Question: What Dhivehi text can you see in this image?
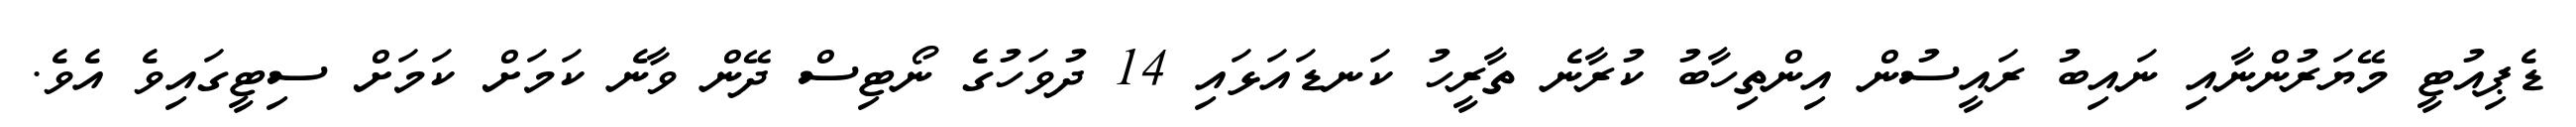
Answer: ޑެޕިއުޓީ މޭޔަރުންނާއި ނައިބު ރައީސުން އިންތިހާބު ކުރާނެ ތާރީހު ކަނޑައަޅައި 14 ދުވަހުގެ ނޯޓިސް ދޭން ވާނެ ކަމަށް ކަމަށް ސިޓީގައިވެ އެވެ.